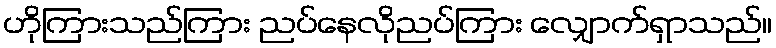
ဟိုကြားသည်ကြား ညပ်နေလိုညပ်ကြား လျှောက်ရှာသည်။